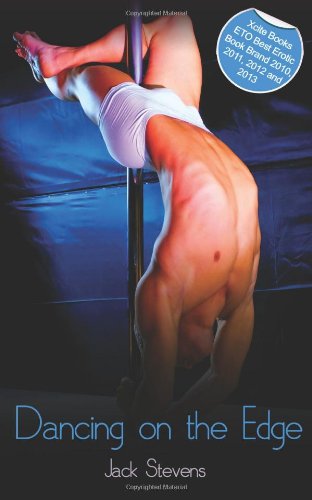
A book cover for Dancing on the Edge; Jack Stevens; Romance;